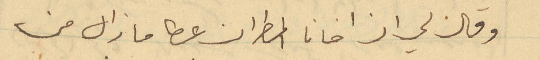
وقال لي ان اخانا المطران عطا ما زال من